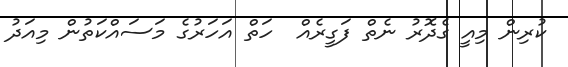
ކުރިން މިއީ ގެދޮރު ނެތް ފަގީރެއް  ހަތް އަހަރުގެ މަސައްކަތުން މިއަދު